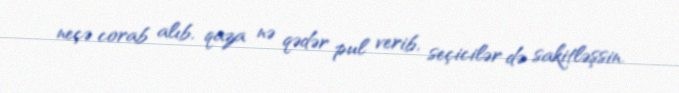
neçə corab alıb, qaza nə qədər pul verib, seçicilər də sakitləşsin.